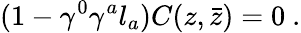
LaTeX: (1-\gamma^{0}\gamma^{a}l_{a})C(z,\bar{z})=0\ .